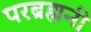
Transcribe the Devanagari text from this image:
परब्रह्मनी